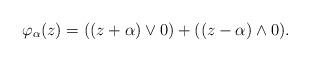
LaTeX: \begin{align*}\varphi_\alpha(z) = ((z+\alpha) \vee 0) +((z-\alpha)\wedge 0) .\end{align*}